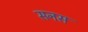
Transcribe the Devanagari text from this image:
सनस